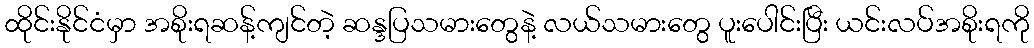
ထိုင်းနိုင်ငံမှာ အစိုးရဆန့်ကျင်တဲ့ ဆန္ဒပြသမားတွေနဲ့ လယ်သမားတွေ ပူးပေါင်းပြီး ယင်းလပ်အစိုးရကို